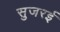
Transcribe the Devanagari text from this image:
सुजरई